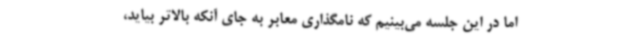
اما در این جلسه می‌بینیم که نامگذاری معابر به جای آنکه بالاتر بیاید،